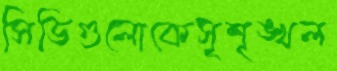
সিডিগুলোকেসৃশৃঙ্খল